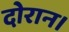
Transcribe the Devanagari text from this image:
दोरान।